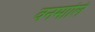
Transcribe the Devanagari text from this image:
वनमालि